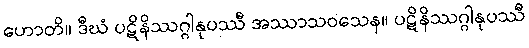
ဟောတိ။ ဒီဃံ ပဋိနိဿဂ္ဂါနုပဿီ အဿာသဝသေန။ ပဋိနိဿဂ္ဂါနုပဿီ